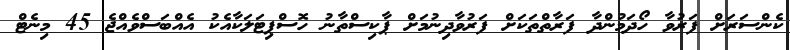
ކެންސަރަށް ފަރުވާ ހޯދަމުންދާ ފަރާތްތަކަށް ފަރުވާދިނުމަށް ޕާކިސްތާނު ހޮސްޕިޓަލަކާއެކު އެއްބަސްވެއްޖެ 45 މިނެޓް